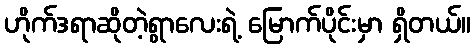
ဟိုက်ဒရာဆိုတဲ့ရွာလေးရဲ့ မြောက်ပိုင်းမှာ ရှိတယ်။